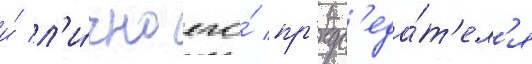
и́ л'и́чно его́ пр'едс'еда́т'ел'я